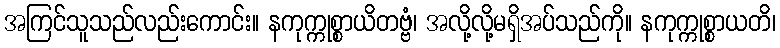
အကြင်သူသည်လည်းကောင်း။ နကုက္ကုစ္စာယိတဗ္ဗံ၊ အလို့လို့မရှိအပ်သည်ကို။ နကုက္ကုစ္စာယတိ၊